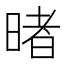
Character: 暏